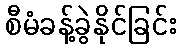
စီမံခန့်ခွဲနိုင်ခြင်း